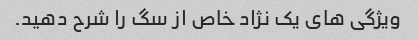
ویژگی های یک نژاد خاص از سگ را شرح دهید.